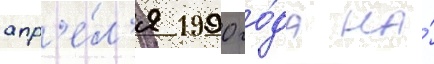
апр'е́л'я 1990 го́да на́